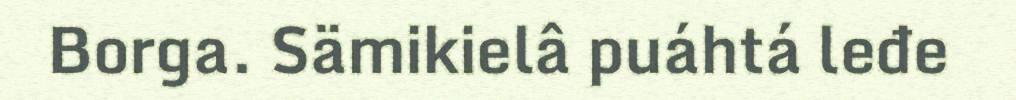
Borga. Sämikielâ puáhtá leđe